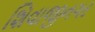
શિવાજીનગર